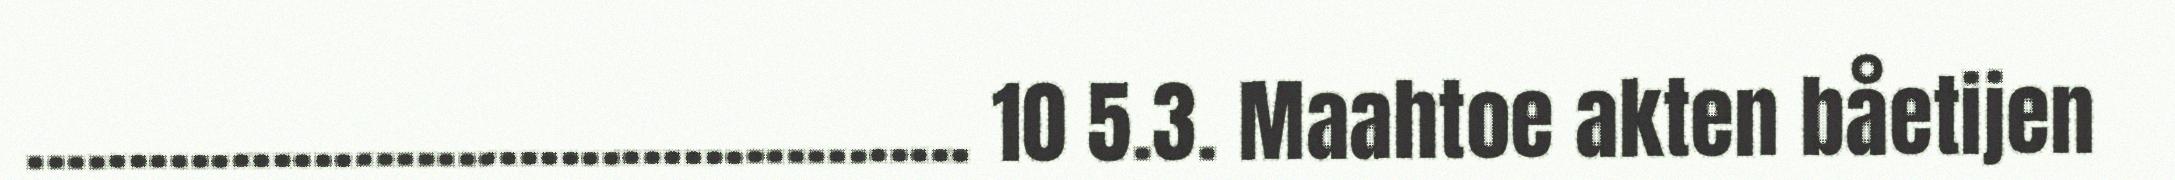
.............................................. 10 5.3. Maahtoe akten båetijen